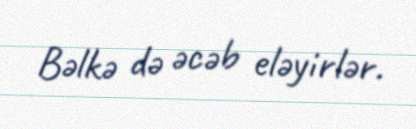
Bəlkə də əcəb eləyirlər.